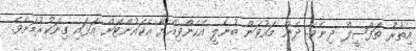
އިތުރު ތަފްސީލް ދިނެވެ. ދެން މައުވަން ބުނެލީ އެހެންވިއްޔާ އެކައުންޓަށް އަޅައި ގިނަކުރުމަށެވެ.